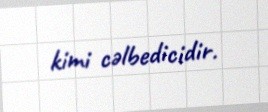
kimi cəlbedicidir.